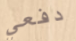
دفعي